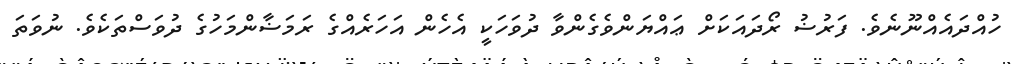
ހުއްދައެއްނޫނެވެ. ފަރުޟު ރޯދައަކަށް ޢައްޔަންވެގެންވާ ދުވަހަކީ އެހެން އަހަރެއްގެ ރަމަޟާންމަހުގެ ދުވަސްތަކެވެ. ނުވަތަ